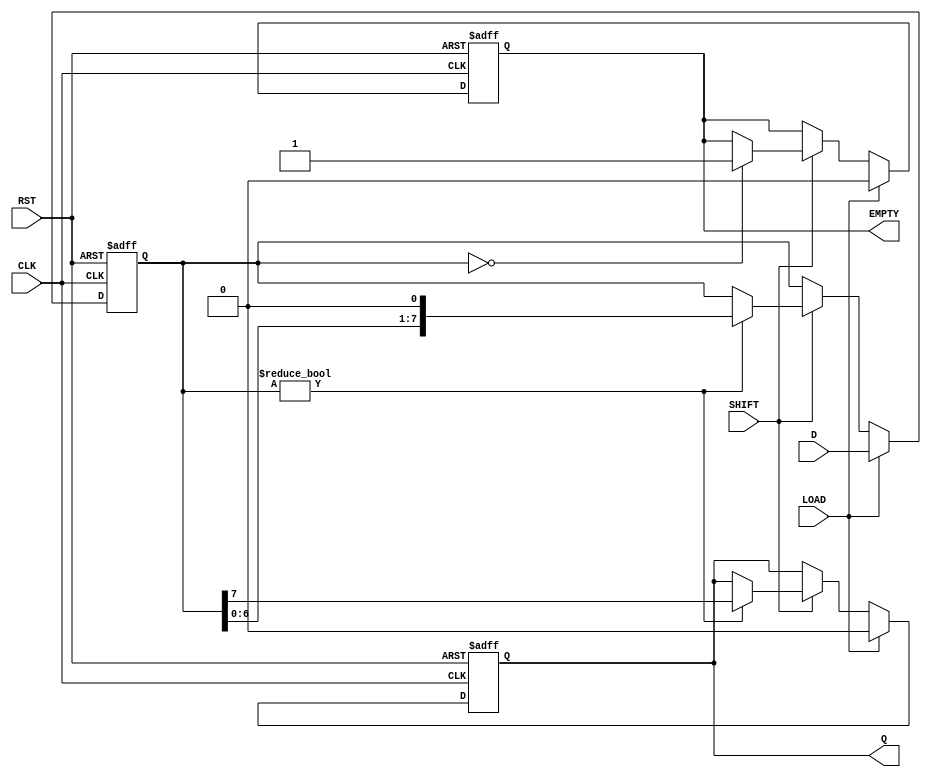
module Loadable_PISO #(
    parameter N = 8 // Bit width of the register
)(
    input  wire [N-1:0] D,     // Parallel data input
    input  wire LOAD,          // Load signal
    input  wire SHIFT,         // Shift signal
    input  wire CLK,           // Clock signal
    input  wire RST,           // Reset signal
    output reg  Q,             // Serial output
    output reg  EMPTY          // Empty flag
);

    // Internal register to hold the data
    reg [N-1:0] shift_reg;

    // Asynchronous Reset
    always @(posedge CLK or posedge RST) begin
        if (RST) begin
            shift_reg <= 0;  // Clear the register on reset
            Q <= 0;          // Reset serial output
            EMPTY <= 1;      // Set EMPTY flag
        end else begin
            if (LOAD) begin
                shift_reg <= D; // Load parallel data into the register
                Q <= 0;         // Reset serial output
                EMPTY <= 0;     // Clear EMPTY flag after loading
            end else if (SHIFT) begin
                if (shift_reg != 0) begin
                    Q <= shift_reg[N-1]; // Output the MSB
                    shift_reg <= {shift_reg[N-2:0], 1'b0}; // Shift left
                end
                if (shift_reg == 0) begin
                    EMPTY <= 1; // Set EMPTY flag when all bits are shifted out
                end
            end
        end
    end

endmodule